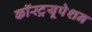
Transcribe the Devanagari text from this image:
कॉस्ट्रयूपेशन